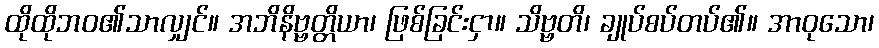
ထိုထိုဘဝ၏သာလျှင်။ အဘိနိဗ္ဗတ္တိယာ၊ ဖြစ်ခြင်းငှာ။ သိဗ္ဗတိ၊ ချုပ်စပ်တပ်၏။ အာဝုသော၊